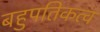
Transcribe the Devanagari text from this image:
बहुपतिकत्व